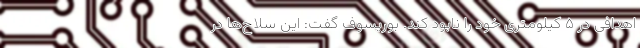
اهدافی در ۵ کیلومتری خود را نابود کند. بوریسوف گفت: این سلاح‌ها در